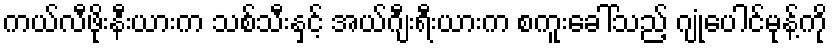
ကယ်လီဖိုးနီးယားက သစ်သီးနှင့် အယ်ဂျီးရီးယားက စကူးခေါ်သည့် ဂျုံပေါင်မုန့်ကို